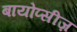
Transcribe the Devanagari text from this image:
बायोप्सीज़